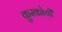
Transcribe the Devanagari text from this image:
कुस्कोची